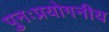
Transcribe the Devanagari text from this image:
पुनःप्रयोगनीय